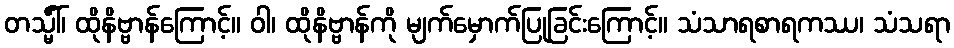
တသ္မိံါ်၊ ထိုနိဗ္ဗာန်ကြောင့်။ ဝါ၊ ထိုနိဗ္ဗာန်ကို မျက်မှောက်ပြုခြင်းကြောင့်။ သံသာရစာရကဿ၊ သံသရာ